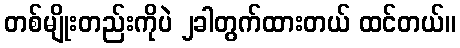
တစ်မျိုးတည်းကိုပဲ ၂ခါတွက်ထားတယ် ထင်တယ်။